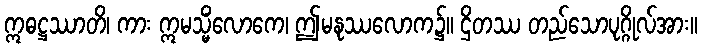
ဣဓဋ္ဌဿာတိ၊ ကား ဣမသ္မိံလောကေ၊ ဤမနုဿလောက၌။ ဌိတဿ တည်သောပုဂ္ဂိုလ်အား။